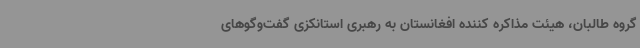
گروه طالبان، هیئت مذاکره کننده افغانستان به رهبری استانکزی گفت‌وگوهای